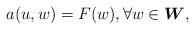
LaTeX: \begin{align*}a(u,w) = F(w), \forall w \in \boldsymbol{W},\end{align*}